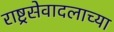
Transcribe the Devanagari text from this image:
राष्ट्रसेवादलाच्या